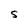
Character: S